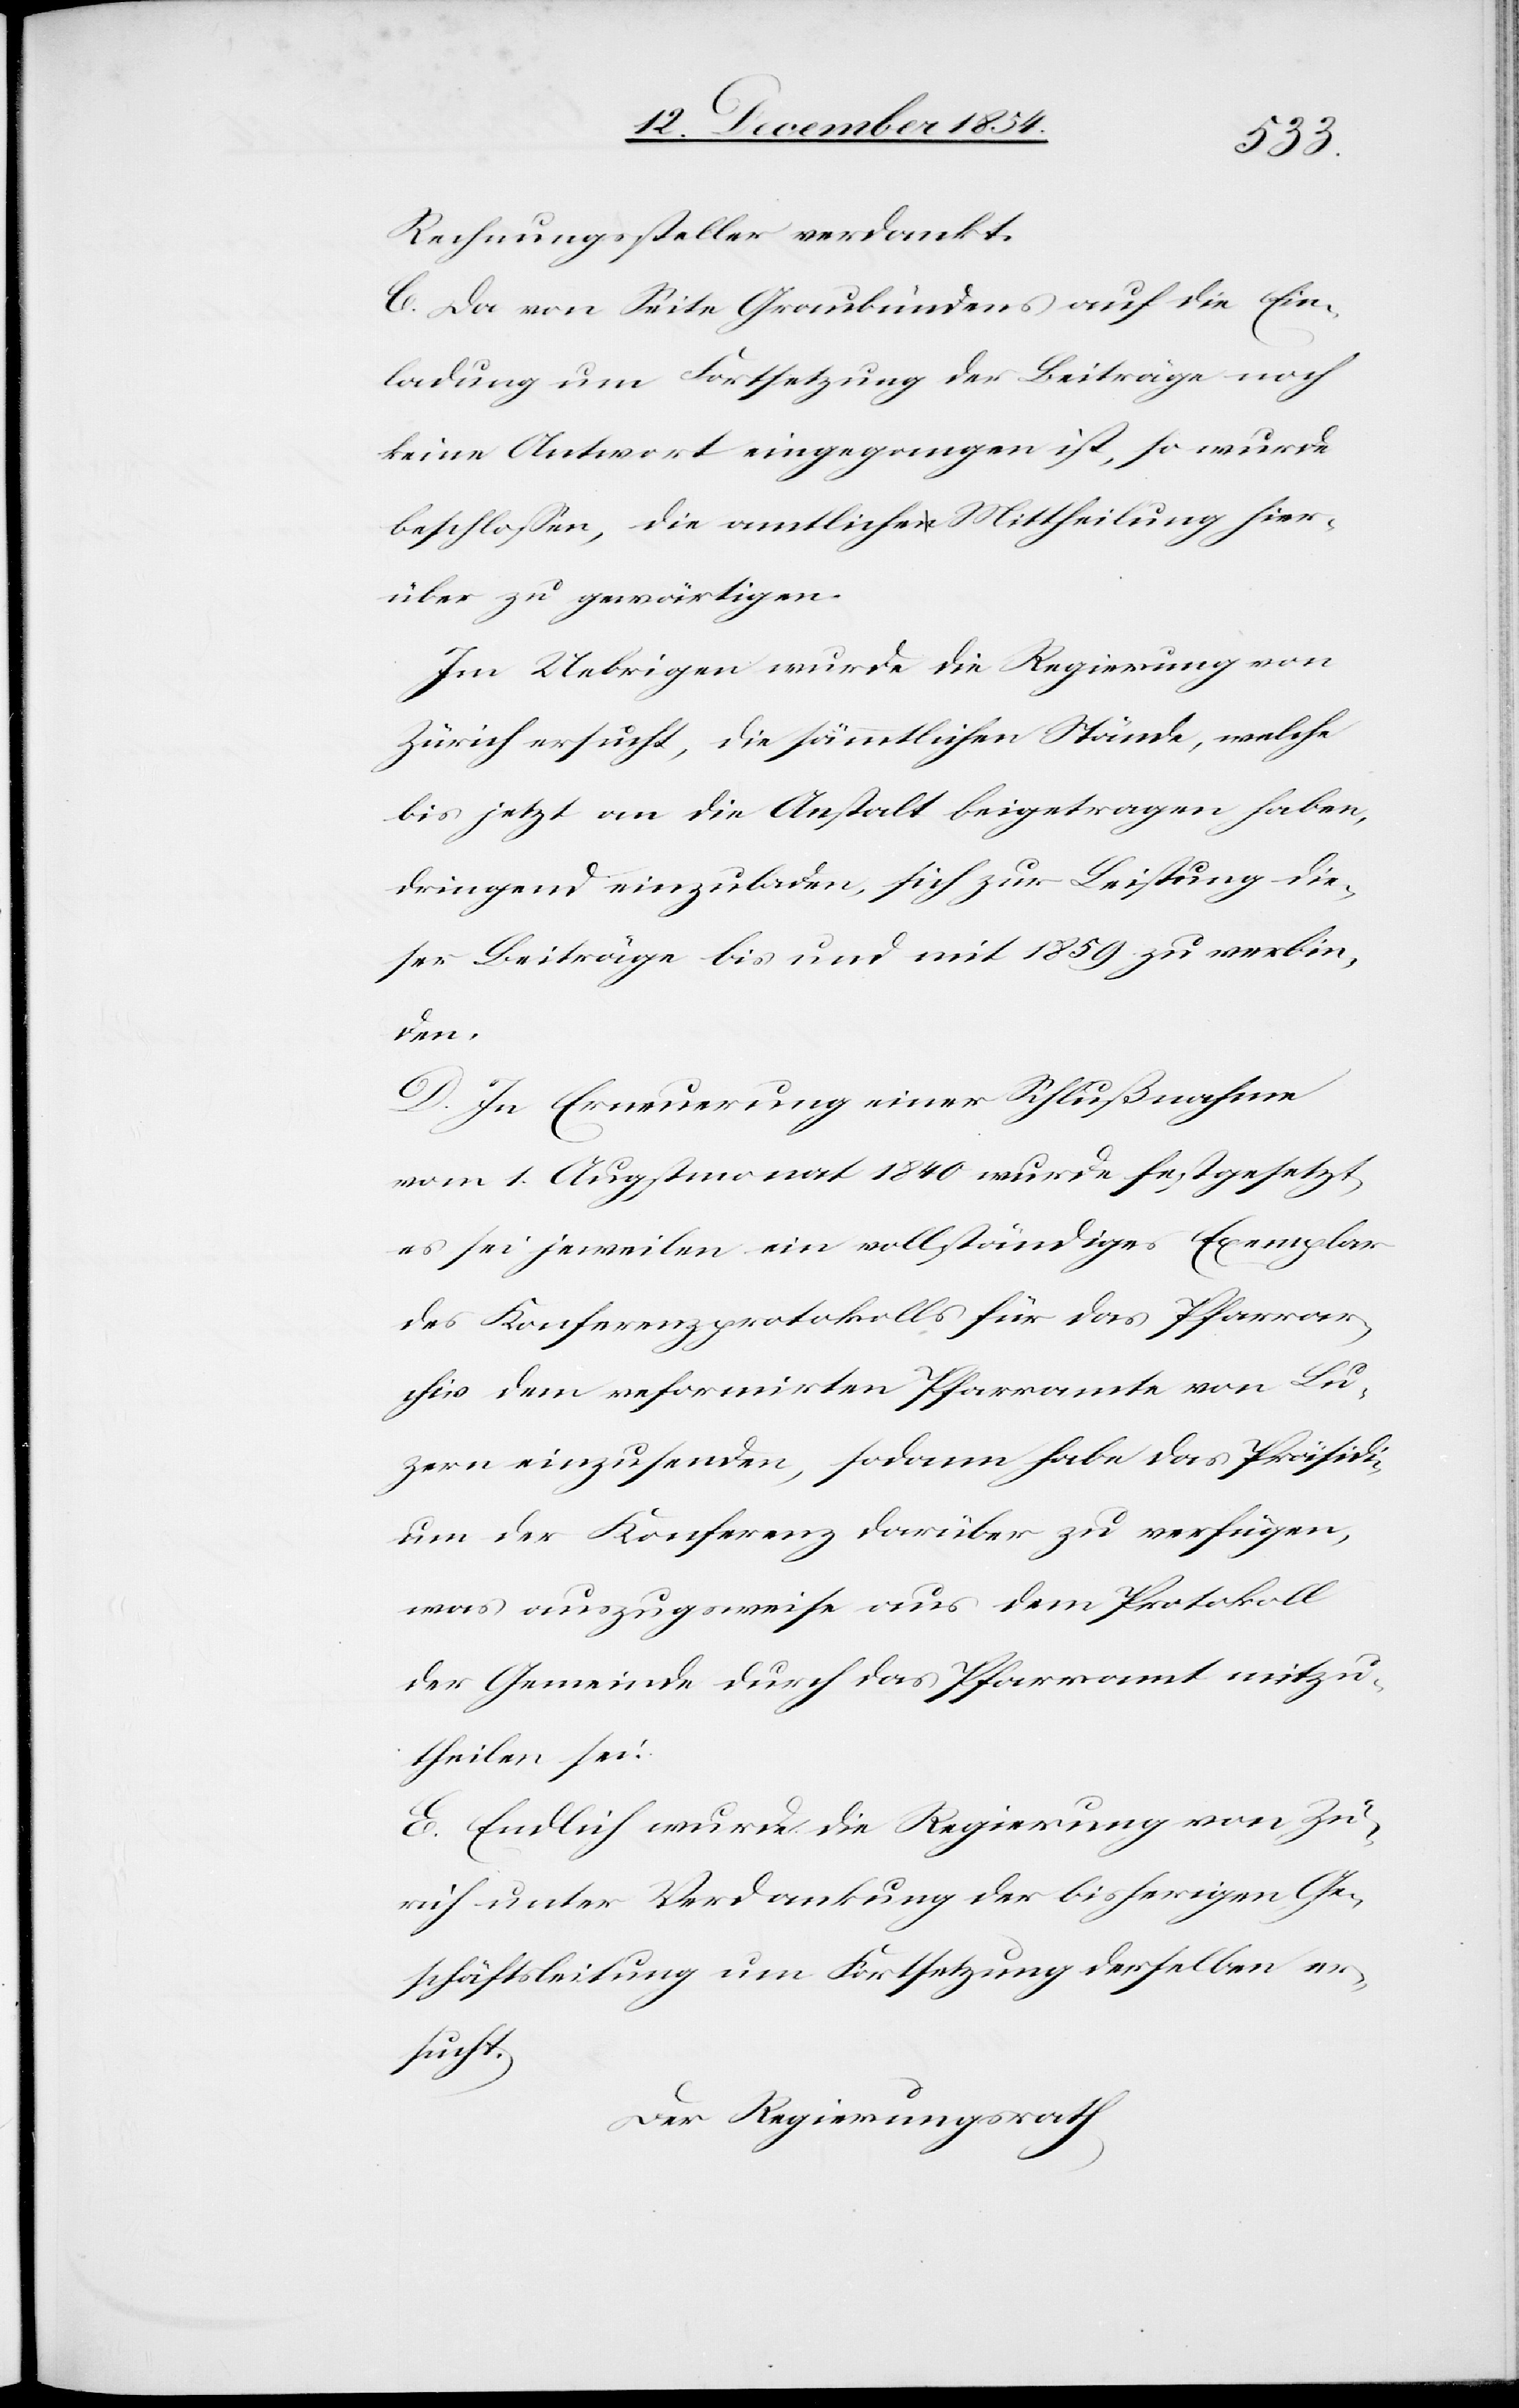
Rechnungssteller verdankt.
C. Da von Seite Graubündens auf die Ein¬
ladung um Fortsetzung der Beiträge noch
keine Antwort eingegangen ist, so wurde
beschloßen, die amtliche Mittheilung hier¬
über zu gewärtigen.
Im Uebrigen wurde die Regierung von
Zürich ersucht, die sämmtlichen Stände, welche
bis jetzt an die Anstalt beigetragen haben,
dringend einzuladen, sich zur Leistung die¬
ser Beiträge bis und mit 1859 zu verbin¬
den.
D. In Erneuerung einer Schlußnahme
vom 1. Augstmonat 1840 wurde festgesetzt,
es sei jeweilen ein vollständiges Exemplar
des Konferenzprotokolls für das Pfarrar¬
chiv dem reformirten Pfarramte von Lu¬
zern einzusenden, sodann habe das Präsidi¬
um der Konferenz darüber zu verfügen,
was auszugsweise aus dem Protokoll
der Gemeinde durch das Pfarramt mitzu¬
theilen sei.
E. Endlich wurde die Regierung von Zü¬
rich unter Verdankung der bisherigen Ge¬
schäftsleitung um Fortsetzung derselben er¬
sucht.
Der Regierungsrath